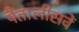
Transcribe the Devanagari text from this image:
पैंतालीसवें